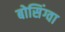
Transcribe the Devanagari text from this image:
बोसिंग्वा